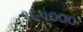
૧૬૫૦૦૦